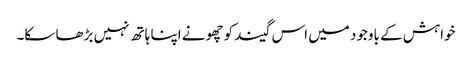
خواہش کے باوجود میں اس گیند کو چھونے اپنا ہاتھ نہیں بڑھا سکا۔